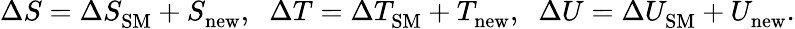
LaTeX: \Delta S=\Delta S_{\mathrm{SM}}^{}+S_{\mathrm{new}}^{},\; \; \Delta T=\Delta T_{\mathrm{SM}}^{}+T_{\mathrm{new}}^{},\; \; \Delta U=\Delta U_{\mathrm{SM}}^{}+U_{\mathrm{new}}^{}.